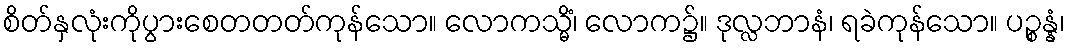
စိတ်နှလုံးကိုပွားစေတတတ်ကုန်သော။ လောကသ္မိံ၊ လောက၌။ ဒုလ္လဘာနံ၊ ရခဲကုန်သော။ ပဉ္စန္နံ၊